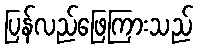
ပြန်လည်ဖြေကြားသည်